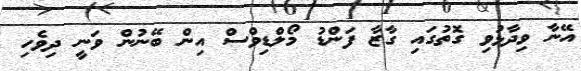
އޭނާ ވިދާޅުވި ގޮތުގައި ގާޒާ ފަންޑު މޯލްޑިވްސް އިން ބޭނުން ވަނީ ދިވެހި